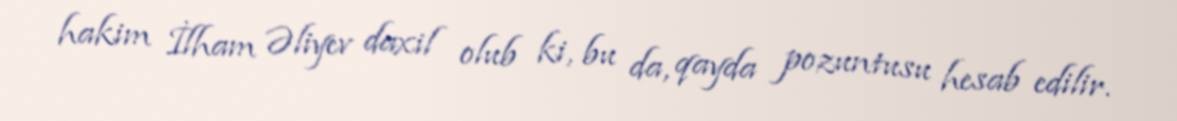
hakim İlham Əliyev daxil olub ki, bu da, qayda pozuntusu hesab edilir.